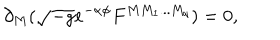
LaTeX: \partial _ { M } ( \sqrt { - g } e ^ { - \alpha \phi } F ^ { M M _ { 1 } . . . M _ { q } } ) = 0 ,